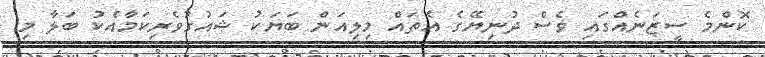
ކޮންމެ ސީޒަނެއްގައި ވެސް ދުނިޔޭގެ އެތައް މިލިއަން ބަޔަކު ޝައުގުވެރިކަމާއެކު ބަލާ މި